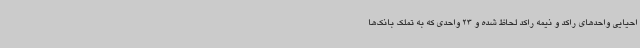
احیایی واحدهای راکد و نیمه راکد لحاظ شده و 23 واحدی که به تملک بانک‌ها